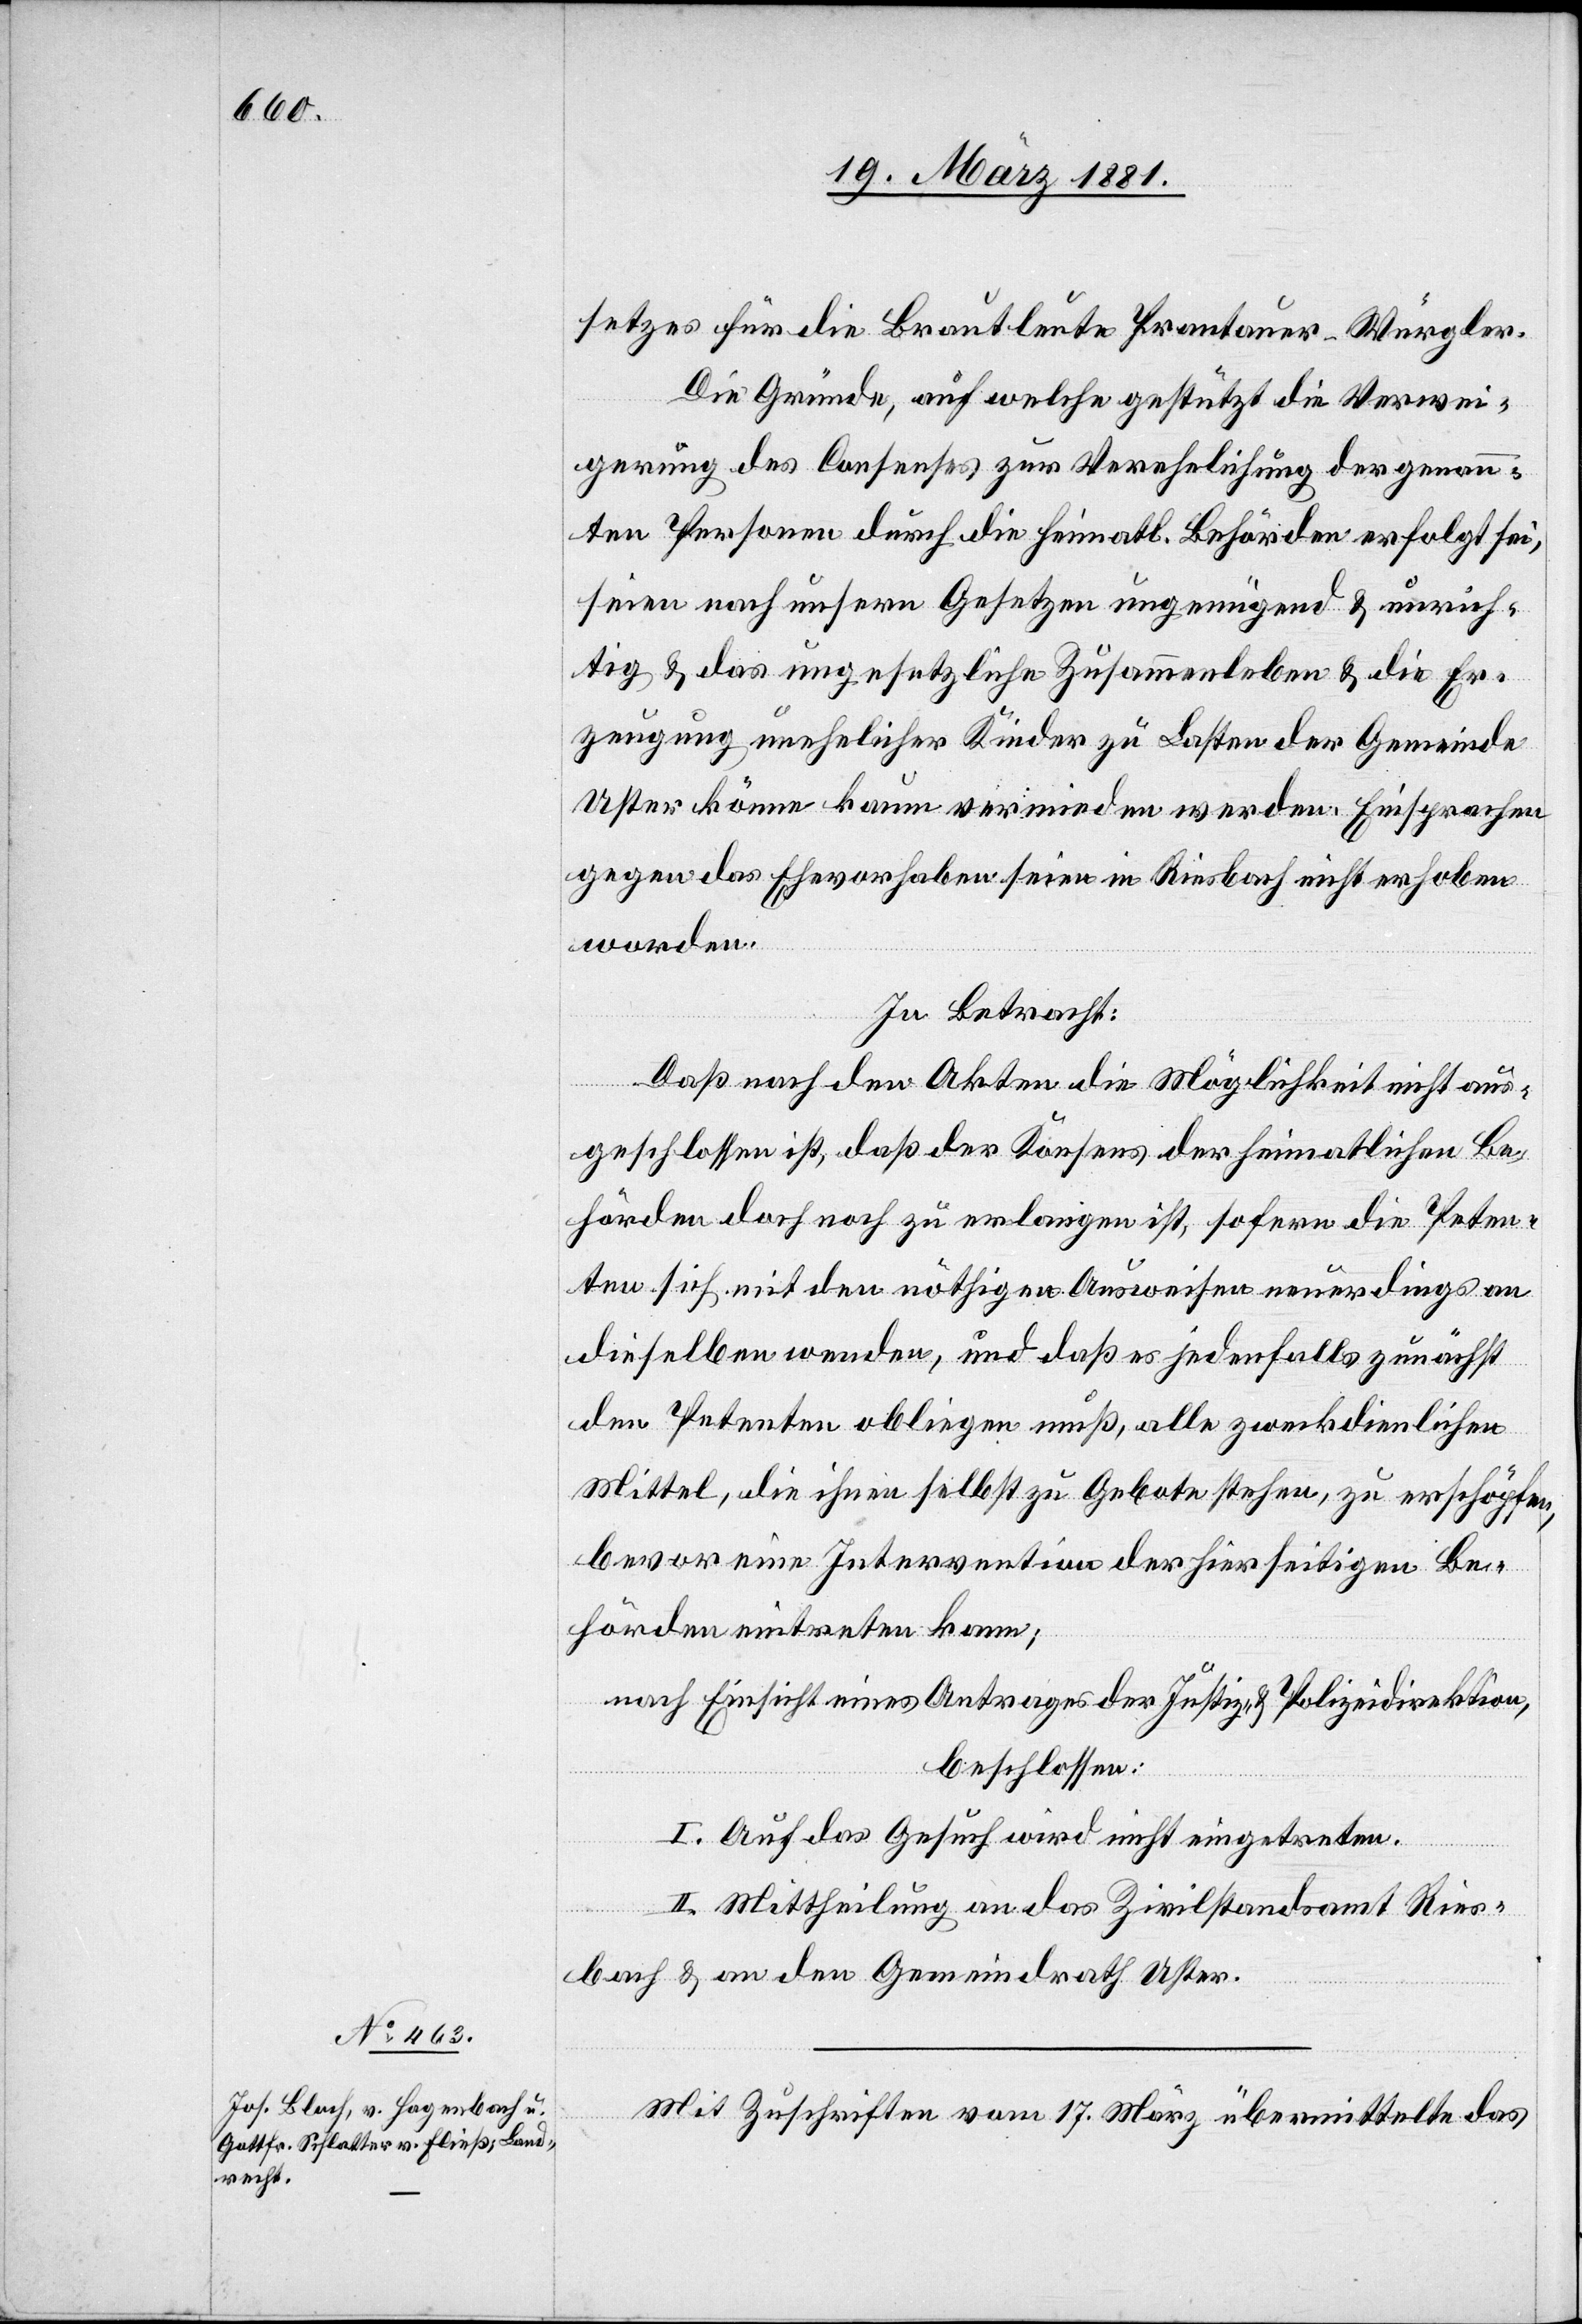
setzes für die Brautleute Prantauer-Würgler.
Die Gründe, auf welche gestützt die Verwei¬
gerung des Consenses zur Verehelichung der genann¬
ten Personen durch die heimatl. Behörden erfolgt sei,
seien nach unsern Gesetzen ungenügend & unrich¬
tig & das ungesetzliche Zusammenleben & die Er¬
zeugung unehelicher Kinder zu Lasten der Gemeinde
Uster könne kaum vermieden werden. Einsprachen
gegen das Ehevorhaben seien in Riesbach nicht erhoben
worden.
In Betracht:
Daß nach den Akten die Möglichkeit nicht aus¬
geschlossen ist, daß der Konsens der heimatlichen Be¬
hörden doch noch zu erlangen ist, sofern die Peten¬
ten sich mit den nöthigen Ausweisen neuerdings an
dieselben wenden, und daß es jedenfalls zunächst
den Petenten obliegen muß, alle zweckdienlichen
Mittel, die ihnen selbst zu Gebote stehen, zu erschöpfen,
bevor eine Intervention der hierseitigen Be¬
hörden eintreten kann;
nach Einsicht eines Antrages der Justiz- & Polizeidirektion,
beschlossen:
I. Auf das Gesuch wird nicht eingetreten.
II. Mittheilung an das Zivilstandsamt Ries¬
bach & an den Gemeindrath Uster.
Mit Zuschrift vom 17. März übermittelte das